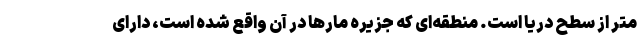
متر از سطح دریا است. منطقه‌ای که جزیره مارها در آن واقع شده است، دارای